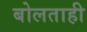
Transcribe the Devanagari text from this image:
बोलताही